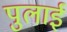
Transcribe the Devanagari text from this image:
पुलाई